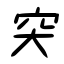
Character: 突